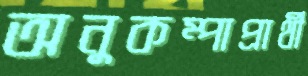
অনুকম্পাপ্রার্থী